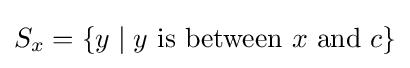
S_{x}=\{y\mid y{\text{ is between }}x{\text{ and }}c\}